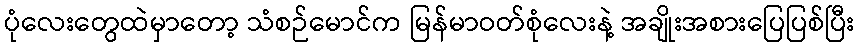
ပုံလေးတွေထဲမှာတော့ သံစဉ်မောင်က မြန်မာဝတ်စုံလေးနဲ့ အချိုးအစားပြေပြစ်ပြီး